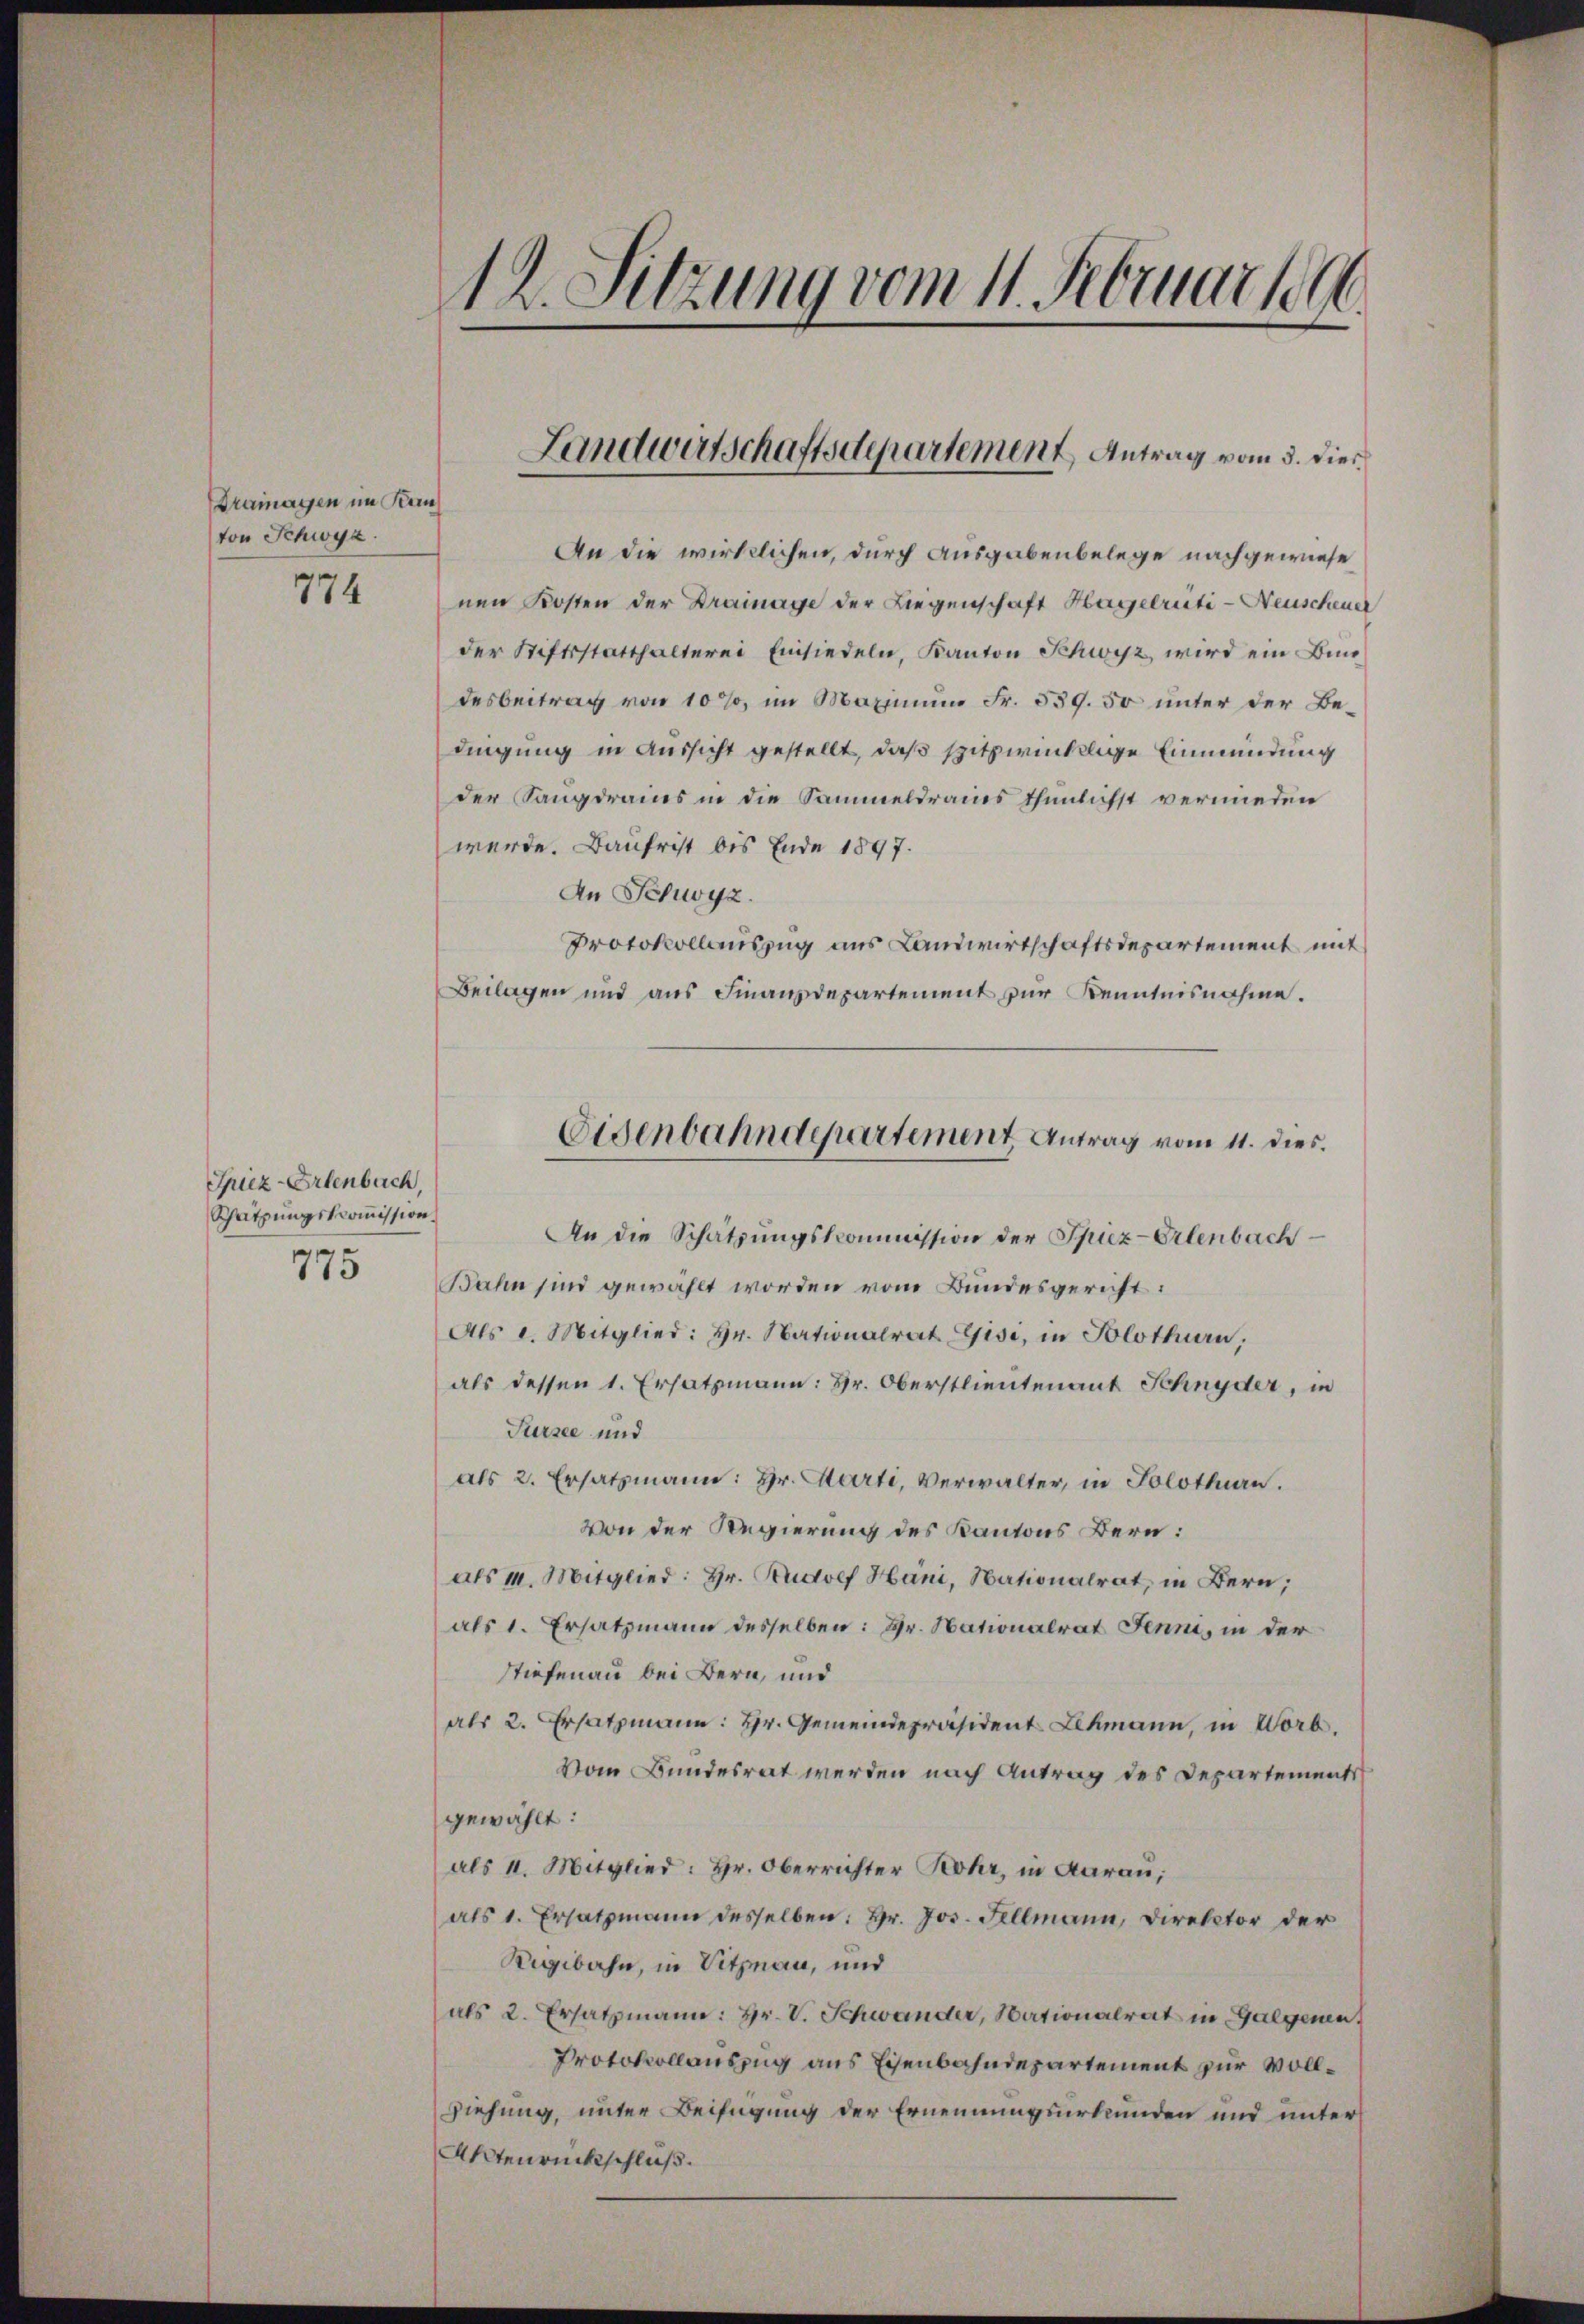
Drainagen im Kan
von Schwyz.
774

Spiez-Erlenbach,
Schatzungskommission.
775

s
1
1 Suzung vom 11. Augar 1891

An die wirklichen, durch Ausgabenbelege nachgewiese
nen Kosten der Drainage der Liegenschaft Hagelrüti-Neuscheuer
der Stiftsstatthalterei Einsiedeln, Kanton Schwyz, wird ein Bundesbeitrag von 10%, im Maximum Fr. 539. 50 unter der Bedingung in Aussicht gestellt, daß spitzwicklige Einmündung
der Sangdrains in die Sammeldrains thunlichst vermieden
werde. Baufrist bis Ende 1897.
An Schwyz.
Protokollauszug aus Landwirtschaftsdepartement mit
Beilagen und aus Finanzdepartement zur Kenntnisnahme.
An die Schatzŭngskommission der Spiez-Erlenbach
Bahn sind gewählt worden vom Bundesgericht:
Als d. Mitglied: hr. Nationalrat Gisi, in Solothurn,
als dessen 1. Ersatzmann: Hr. Oberstlieutenant Schnyder, in
Türsee und
als 2. Ersatzmann: Hr. Marti, Verwalter, in Solothurn.
Von der Regierung des Kantons Bern:
als m. Mitglied: Hr. Rudolf Hani, Nationalrat, in Bern;
als 1. Ersatzmann desselben: Hr. Nationalrat Jenne, in der
Stiefenau bei Bern, und
als 2. Ersatzmann: Hr. Gemeindepräsident Lehmann, in Worb.
Vom Bundesrat werden nach Antrag des Departements
gewählt:
als 4. Mitglied: Hr. Oberrichter Rohr, in darau,
als 1. Ersatzmann desselben: Hr. Jos. Fellmann, Direktor der
Rigibahn, in Vitzman, und
als 2. Ersatzmann: Hr. V. Schwander, Nationalrat in Galgenen
Protokollauszug aus Eisenbahndepartement zur Voll¬
Ziehung, unter Beifügung der Ernennungsurkunden und unter
Aktenrückschluß.

Landwirtschaftsdepartement Antrag vom 3. dies

Eisenbahndepartement Antrag vom 11. dies.